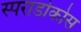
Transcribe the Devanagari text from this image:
स्पराडोकोस